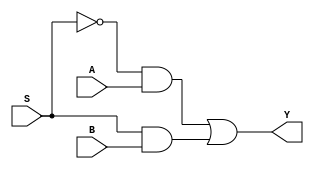
// D02. Multiplexer
// Y =!SA + SB
// if not S then A or if S then B

// Struct
// ======================================
// it's not the best design approach (for huge project) if elements are basic gates
module mux2_struct (output Y, 
                     input S, 
                     input A, 
                     input B);
  // output is only "wire" type
  wire Sbar, w1, w2; 
  
  // output first, then inputs
  not d1(Sbar, S);
  and d2(w1, Sbar, A);
  and d3(w2, S, B);
  or d4(Y, w1, w2);
endmodule

// Data Flow
// ======================================
module mux2_dataflow (output Y,
                       input S,
                       input A,
                       input B);
  // "assign" always generate some digital circuit                    
  assign Y = ((!S) * A) || (S * B);
endmodule

// Functional
// ======================================
module mux2_funct(output reg Y,
                       input S,
                       input A,
                       input B);
                  
  // "always" is procedural operator
  // statements inside an "always" block are executed sequentially, not once!
  // "@" is an operator "wait event"
  
  // inside "always" block can only assign to reg or variables not wire
  always @(S or A or B)
    if(S)
      Y = B;
    else
      Y = A;
endmodule

// Testbench
// =======================================

// "initial" - not synthesizable, is started at the beginning of a simulation at time 0 unit. 
// this block will be executed only once during the entire simulation.

module testbench_lab2;
  reg a;
  reg b;
  reg s; // select
  wire y1, y2, y3;
  
  mux2_struct uut1(.Y(y1), .A(a), .B(b), .S(s));
  mux2_dataflow uut2(.Y(y2), .A(a), .B(b), .S(s));
  mux2_funct uut3(.Y(y3), .A(a), .B(b), .S(s));
  
  integer i, j;
  initial begin
    $display("Testbench is running");
    #10;
    
    a = 1; b = 0; s = 0; // expected Y = A
    //if(y1 == a)
      //$display("Test Y = A is OK");
    #10;
    
    a = 0; b = 1; s = 1; // expected Y = B
    //if(y1 == b)
      //$display("Test Y = B is OK");
    #10;

    //for(i = 0; i <= 1; i = i + 1) begin
      // code
      //for (;;) begin
        // code
      //end
    //end
  end
endmodule